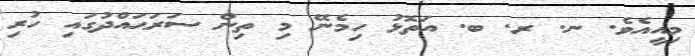
މިއީއެވެ. ނ. ރ. ބ. އަތޮޅު ހިމެނޭ މި ތިން ސަރަޙައްދުގައި ހުރި